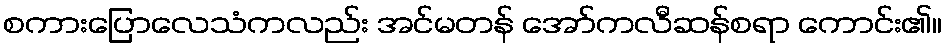
စကားပြောလေသံကလည်း အင်မတန် အော်ကလီဆန်စရာ ကောင်း၏။